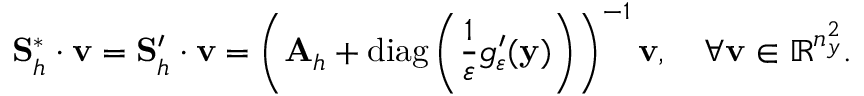
\mathbf { S } _ { h } ^ { * } \cdot \mathbf { v } = \mathbf { S } _ { h } ^ { \prime } \cdot \mathbf { v } = \left( \mathbf { A } _ { h } + \mathrm { d i a g } \left( \frac { 1 } { \varepsilon } g _ { \varepsilon } ^ { \prime } ( \mathbf { y } ) \right) \right) ^ { - 1 } \mathbf { v } , \quad \forall \mathbf { v } \in \mathbb { R } ^ { n _ { y } ^ { 2 } } .